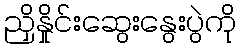
ညှိနှိုင်းဆွေးနွေးပွဲကို